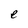
Character: e